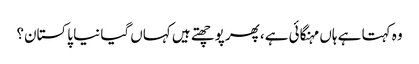
وہ کہتا ہے ہاں مہنگائی ہے، پھر پوچھتے ہیں کہاں گیا نیا پاکستان؟